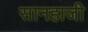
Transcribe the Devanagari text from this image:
सानहाजी